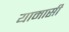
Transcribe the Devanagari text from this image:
यामासी